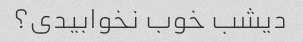
دیشب خوب نخوابیدی؟